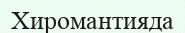
Хиромантияда